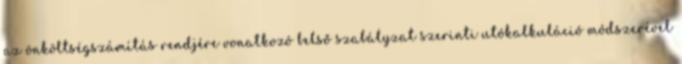
az önköltségszámítás rendjére vonatkozó belső szabályzat szerinti utókalkuláció módszerével